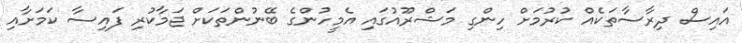
އައިސް ދިރާސާތަކެއް ކުރުމަށް ހިންގި މަޝްރޫއުގައި އެމީހުންގެ ބޭނުންތަކަށް ޖަމާކުރި ފައިސާ ކަމަށާއި